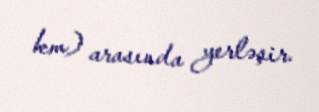
km) arasında yerləşir.